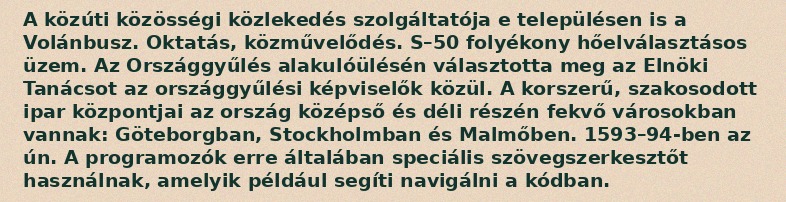
A közúti közösségi közlekedés szolgáltatója e településen is a Volánbusz. Oktatás, közművelődés. S–50 folyékony hőelválasztásos üzem. Az Országgyűlés alakulóülésén választotta meg az Elnöki Tanácsot az országgyűlési képviselők közül. A korszerű, szakosodott ipar központjai az ország középső és déli részén fekvő városokban vannak: Göteborgban, Stockholmban és Malmőben. 1593–94-ben az ún. A programozók erre általában speciális szövegszerkesztőt használnak, amelyik például segíti navigálni a kódban.